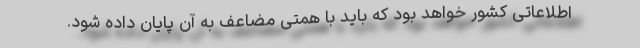
اطلاعاتی کشور خواهد بود که باید با همتی مضاعف به آن پایان داده شود.